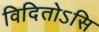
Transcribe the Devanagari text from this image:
विदितोऽसि